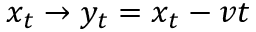
x _ { t } \to y _ { t } = x _ { t } - v t